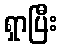
ရှာပြီး